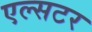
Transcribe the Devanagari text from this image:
एल्सटर